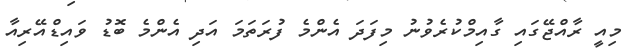
މިއީ ރާއްޖޭގައި ގާއިމްކުރެވުނު މިފަދަ އެންމެ ފުރަތަމަ އަދި އެންމެ ބޮޑު ވައިޑްއޭރިއާ